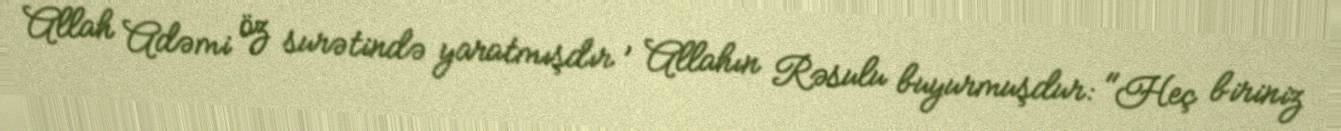
Allah Adəmi öz surətində yaratmışdır , Allahın Rəsulu buyurmuşdur: "Heç biriniz